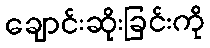
ချောင်းဆိုးခြင်းကို